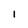
Character: I